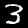
Digit: 3